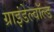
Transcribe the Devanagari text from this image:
ग्राइंडेल्वॉल्ड